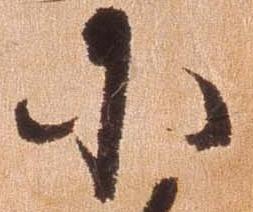
小